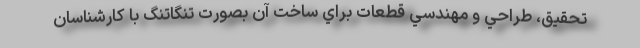
تحقيق، طراحي و مهندسي قطعات براي ساخت آن بصورت تنگاتنگ با كارشناسان